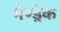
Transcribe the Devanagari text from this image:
मेण्ड्रेक